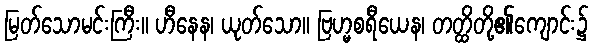
မြတ်သောမင်းကြီး။ ဟီနေန၊ ယုတ်သော။ ဗြဟ္မစရီယေန၊ တတ္ထိတို့၏ကျောင်း၌